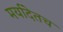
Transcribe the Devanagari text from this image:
मर्यादेतच